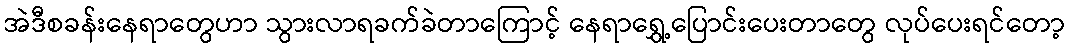
အဲဒီစခန်းနေရာတွေဟာ သွားလာရခက်ခဲတာကြောင့် နေရာရွှေ့ပြောင်းပေးတာတွေ လုပ်ပေးရင်တော့